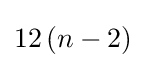
12\left(n-2\right)